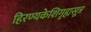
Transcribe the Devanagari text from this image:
हिरण्यकेशिगृह्यसूत्र